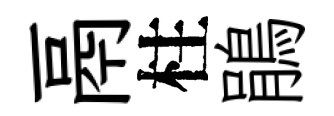
鬲柱鵑